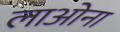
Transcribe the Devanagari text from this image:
लाओना